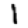
Digit: 1